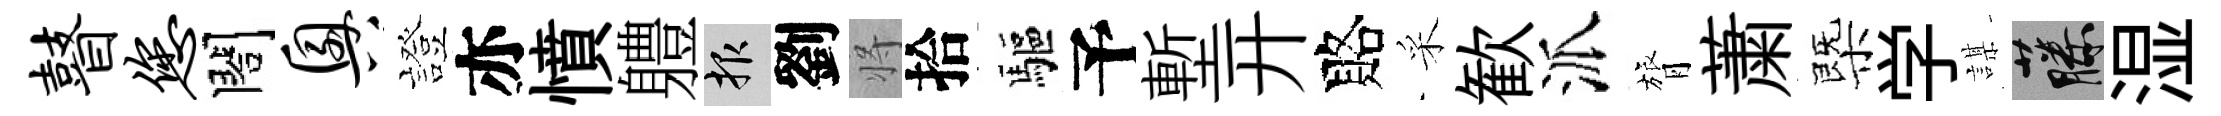
瞽您閤兴證亦憤軆報劉将拾驅予塹开賂采歓派膂䔥㮣学謀藤湿